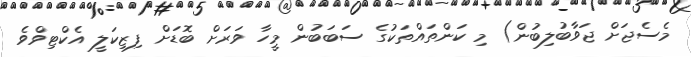
މެސެޖަށް ޖަވާބުލިބުން) މި ކަންތައްތަކުގެ ސަބަަބުން މީހާ ވަަރަށް ބޮޑަށް ފިޒިކަލީ އެކްޓިވްވެ